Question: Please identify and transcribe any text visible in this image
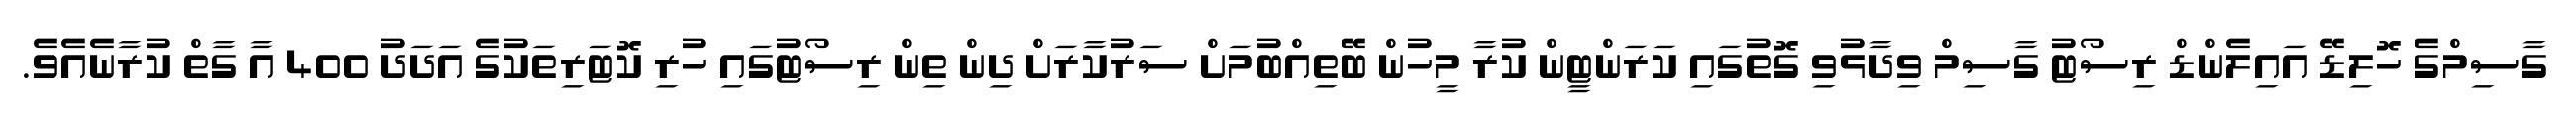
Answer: ގާސިމްގެ ހޮލިޑޭ އައިލެންޑް ރިސޯޓު ގާސިމް ވިދާޅުވި ގޮތުގައި ކަރަންޓީން ކުރާ މީހުން ބޭތިއްބުމަށް ސަރުކާރަށް ދިން ތިން ރިސޯޓުގައި ހުރި ކޮޓަރިތަކުގެ އަދަދު 400 އާ ގާތް ކުރާނެއެވެ.